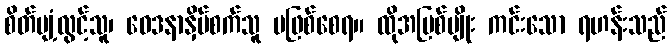
စိတ်ပျံ့လွင့်သူ၊ ဝေဒနာနှိပ်စက်သူ မဖြစ်စေရ။ ထိုအပြစ်မျိုး ကင်းသော ရဟန်းသည်